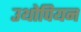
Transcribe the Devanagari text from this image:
उथोपियन